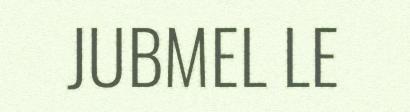
JUBMEL LE